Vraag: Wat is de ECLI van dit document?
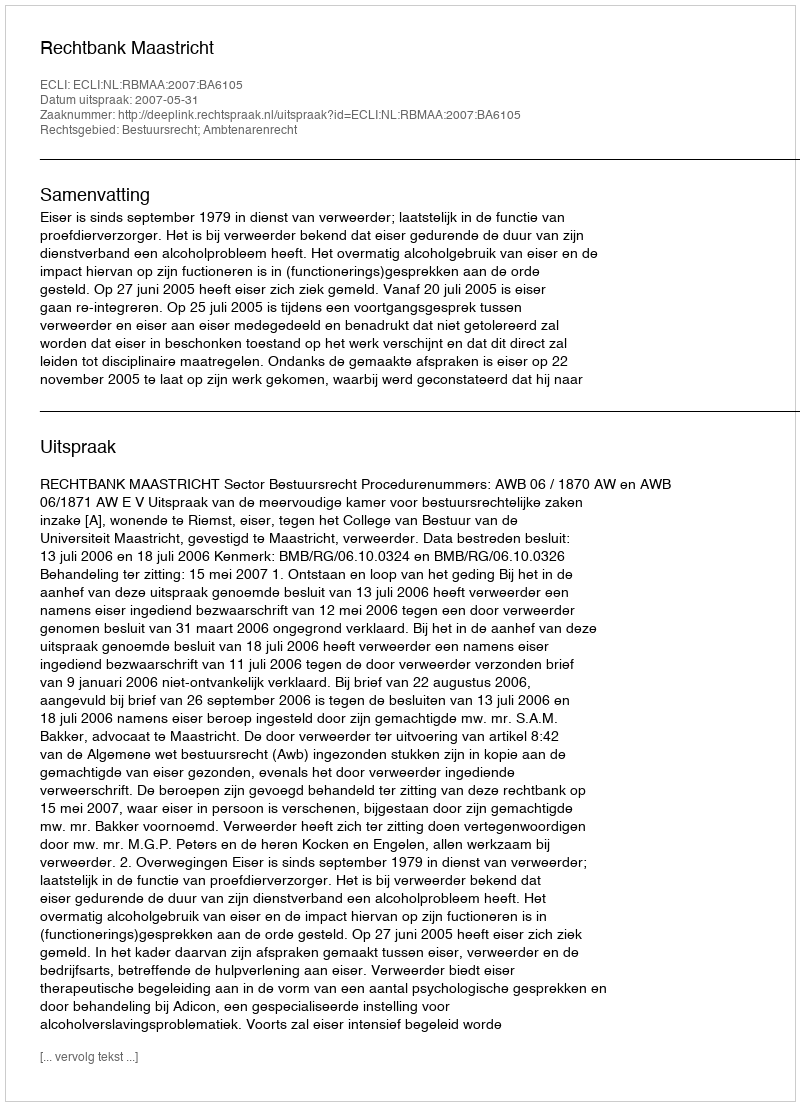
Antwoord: ECLI:NL:RBMAA:2007:BA6105